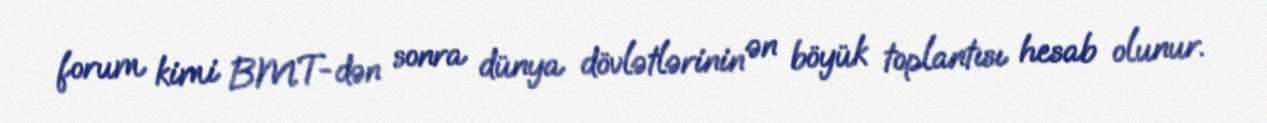
forum kimi BMT-dən sonra dünya dövlətlərinin ən böyük toplantısı hesab olunur.